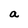
Character: a